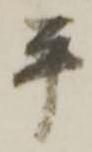
平